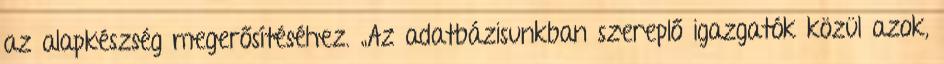
az alapkészség megerősítéséhez. „Az adatbázisunkban szereplő igazgatók közül azok,